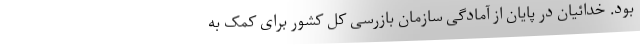
بود. خدائیان در پایان از آمادگی سازمان بازرسی کل کشور برای کمک به